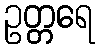
ဥတ္တရေ